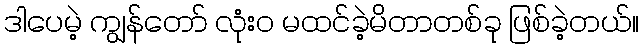
ဒါပေမဲ့ ကျွန်တော် လုံးဝ မထင်ခဲ့မိတာတစ်ခု ဖြစ်ခဲ့တယ်။